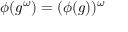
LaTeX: \phi ( g ^ { \omega } ) = ( \phi ( g ) ) ^ { \omega }